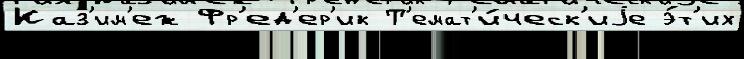
Каз'им'еж Фр'ед'ер'ик Т'емат'и́ческ'иjе э́т'их